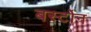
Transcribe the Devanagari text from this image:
बर्स्टोन